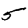
Digit: 5